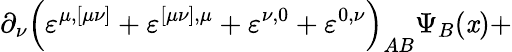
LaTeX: \partial_{\nu}\left(\varepsilon^{\mu,[\mu\nu]}+\varepsilon^{[\mu\nu],\mu}+\varepsilon^{\nu,0}+\varepsilon^{0,\nu}\right)_{AB}\Psi_{B}(\mathit{x})+